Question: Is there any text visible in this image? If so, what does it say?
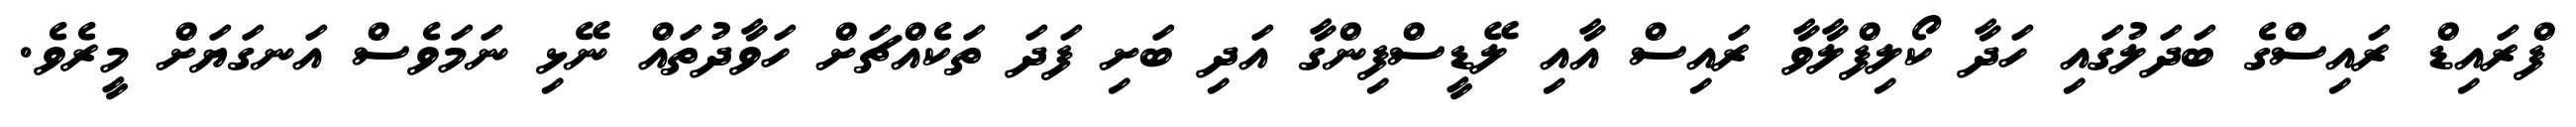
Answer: ފްރައިޑް ރައިސްގެ ބަދަލުގައި ހަދާ ކޯލިފްލާވާ ރައިސް އާއި ލޭޑީސްފިންގާ އަދި ބަށި ފަދަ ތަކެއްޗަށް ހަވާދުތައް ނޭޅި ނަމަވެސް އަނގަޔަށް މީރެވެ.